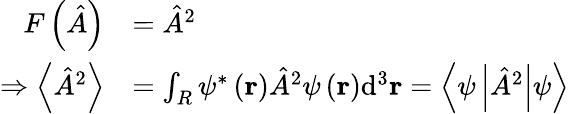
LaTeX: {\begin{array}{rl}{F\left({\hat{A}}\right)}&{={\hat{A}}^{2}}\\ {\Rightarrow\left\langle{\hat{A}}^{2}\right\rangle}&{=\int_{R}\psi^{*}\left(\mathbf{r}\right){\hat{A}}^{2}\psi\left(\mathbf{r}\right)\mathrm{d}^{3}\mathbf{r}=\left\langle\psi\left\vert{\hat{A}}^{2}\right\vert\psi\right\rangle}\end{array}}\,